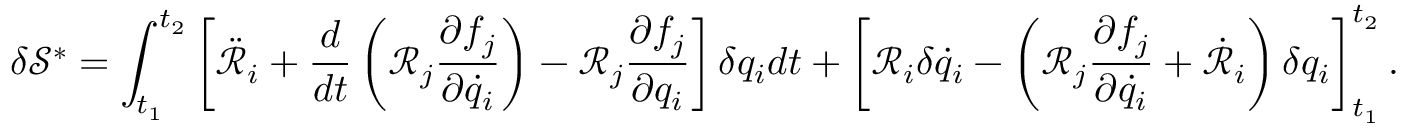
\delta \mathcal { S } ^ { * } = \int _ { t _ { 1 } } ^ { t _ { 2 } } \left[ \ddot { \mathcal { R } } _ { i } + \frac { d } { d t } \left( \mathcal { R } _ { j } \frac { \partial f _ { j } } { \partial \dot { q } _ { i } } \right) - \mathcal { R } _ { j } \frac { \partial f _ { j } } { \partial q _ { i } } \right] \delta { q } _ { i } d t + \left[ \mathcal { R } _ { i } \delta \dot { q } _ { i } - \left( \mathcal { R } _ { j } \frac { \partial f _ { j } } { \partial \dot { q } _ { i } } + \dot { \mathcal { R } } _ { i } \right) \delta { q } _ { i } \right] _ { t _ { 1 } } ^ { t _ { 2 } } .